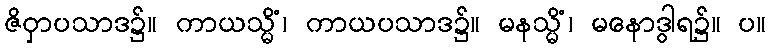
ဇိဝှာပသာဒ၌။ ကာယသ္မိံ၊ ကာယပသာဒ၌။ မနသ္မိံ၊ မနောဒွါရ၌။ ပ။